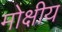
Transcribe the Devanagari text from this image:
मोक्षीय